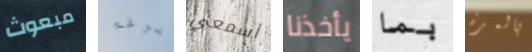
مبعوث برغم أسمعي يأخذنا بما بالمرة